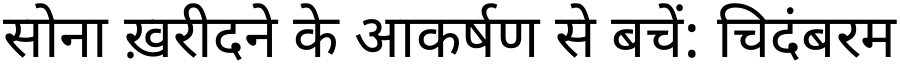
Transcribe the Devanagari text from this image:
सोना ख़रीदने के आकर्षण से बचें: चिदंबरम